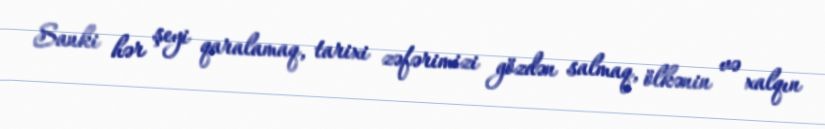
Sanki hər şeyi qaralamaq, tarixi zəfərimizi gözdən salmaq, ölkənin və xalqın